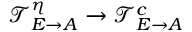
\mathcal T _ { E \rightarrow A } ^ { \eta } \rightarrow \mathcal T _ { E \rightarrow A } ^ { c }